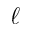
\ell